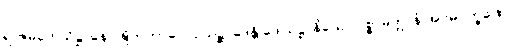
ရာဇမဟေသိဋ္ဌာနေ ဝဍ္ဎိတကာလော သဉ္ဆာဒေန္တိ ဒေါသဋ္ဌာနိယော ပစ္စာမိတ္တာနံ အဂ္ဂမဂ္ဂက္ခဏေ